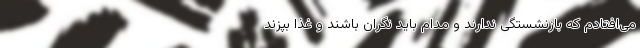
می‌افتادم که بازنشستگی ندارند و مدام باید نگران باشند و غذا بپزند